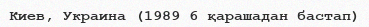
Киев, Украина (1989 6 қарашадан бастап)